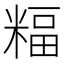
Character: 𥻅